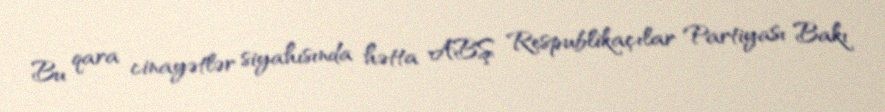
Bu qara cinayətlər siyahısında hətta ABŞ Respublikaçılar Partiyası Bakı